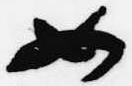
如